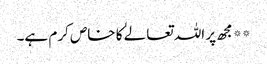
**مجھ پر اللہ تعالےٰ کا خاص کرم ہے۔